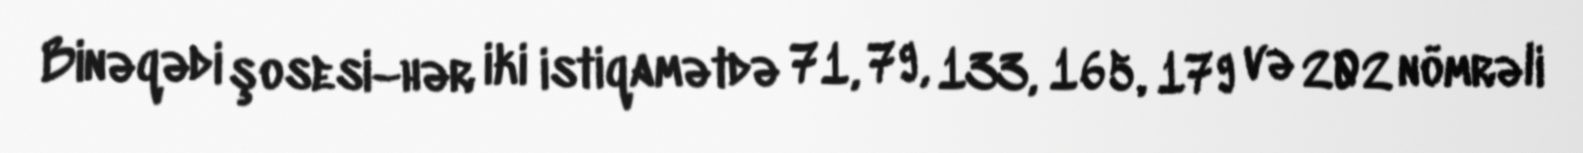
Binəqədi şosesi–hər iki istiqamətdə 71, 79, 133, 165, 179 və 202 nömrəli